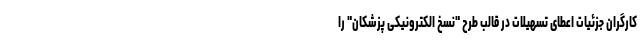
کارگران جزئیات اعطای تسهیلات در قالب طرح "نسخ الکترونیکی پزشکان" را